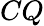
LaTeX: CQ